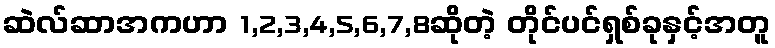
ဆဲလ်ဆာအကဟာ 1,2,3,4,5,6,7,8ဆိုတဲ့ တိုင်ပင်ရှစ်ခုနှင့်အတူ